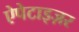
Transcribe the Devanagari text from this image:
ऐपेटाइज़र